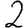
Digit: 2